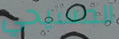
المسيحي